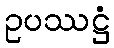
ဥပဿဋ္ဌံ